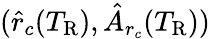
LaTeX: (\hat{r}_{c}(T_{\mathrm{R}}),\hat{A}_{r_{c}}(T_{\mathrm{R}}))